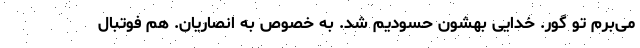
می‌برم تو گور. خدایی بهشون حسودیم شد. به خصوص به انصاریان. هم فوتبال